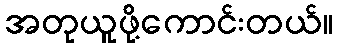
အတုယူဖို့ကောင်းတယ်။